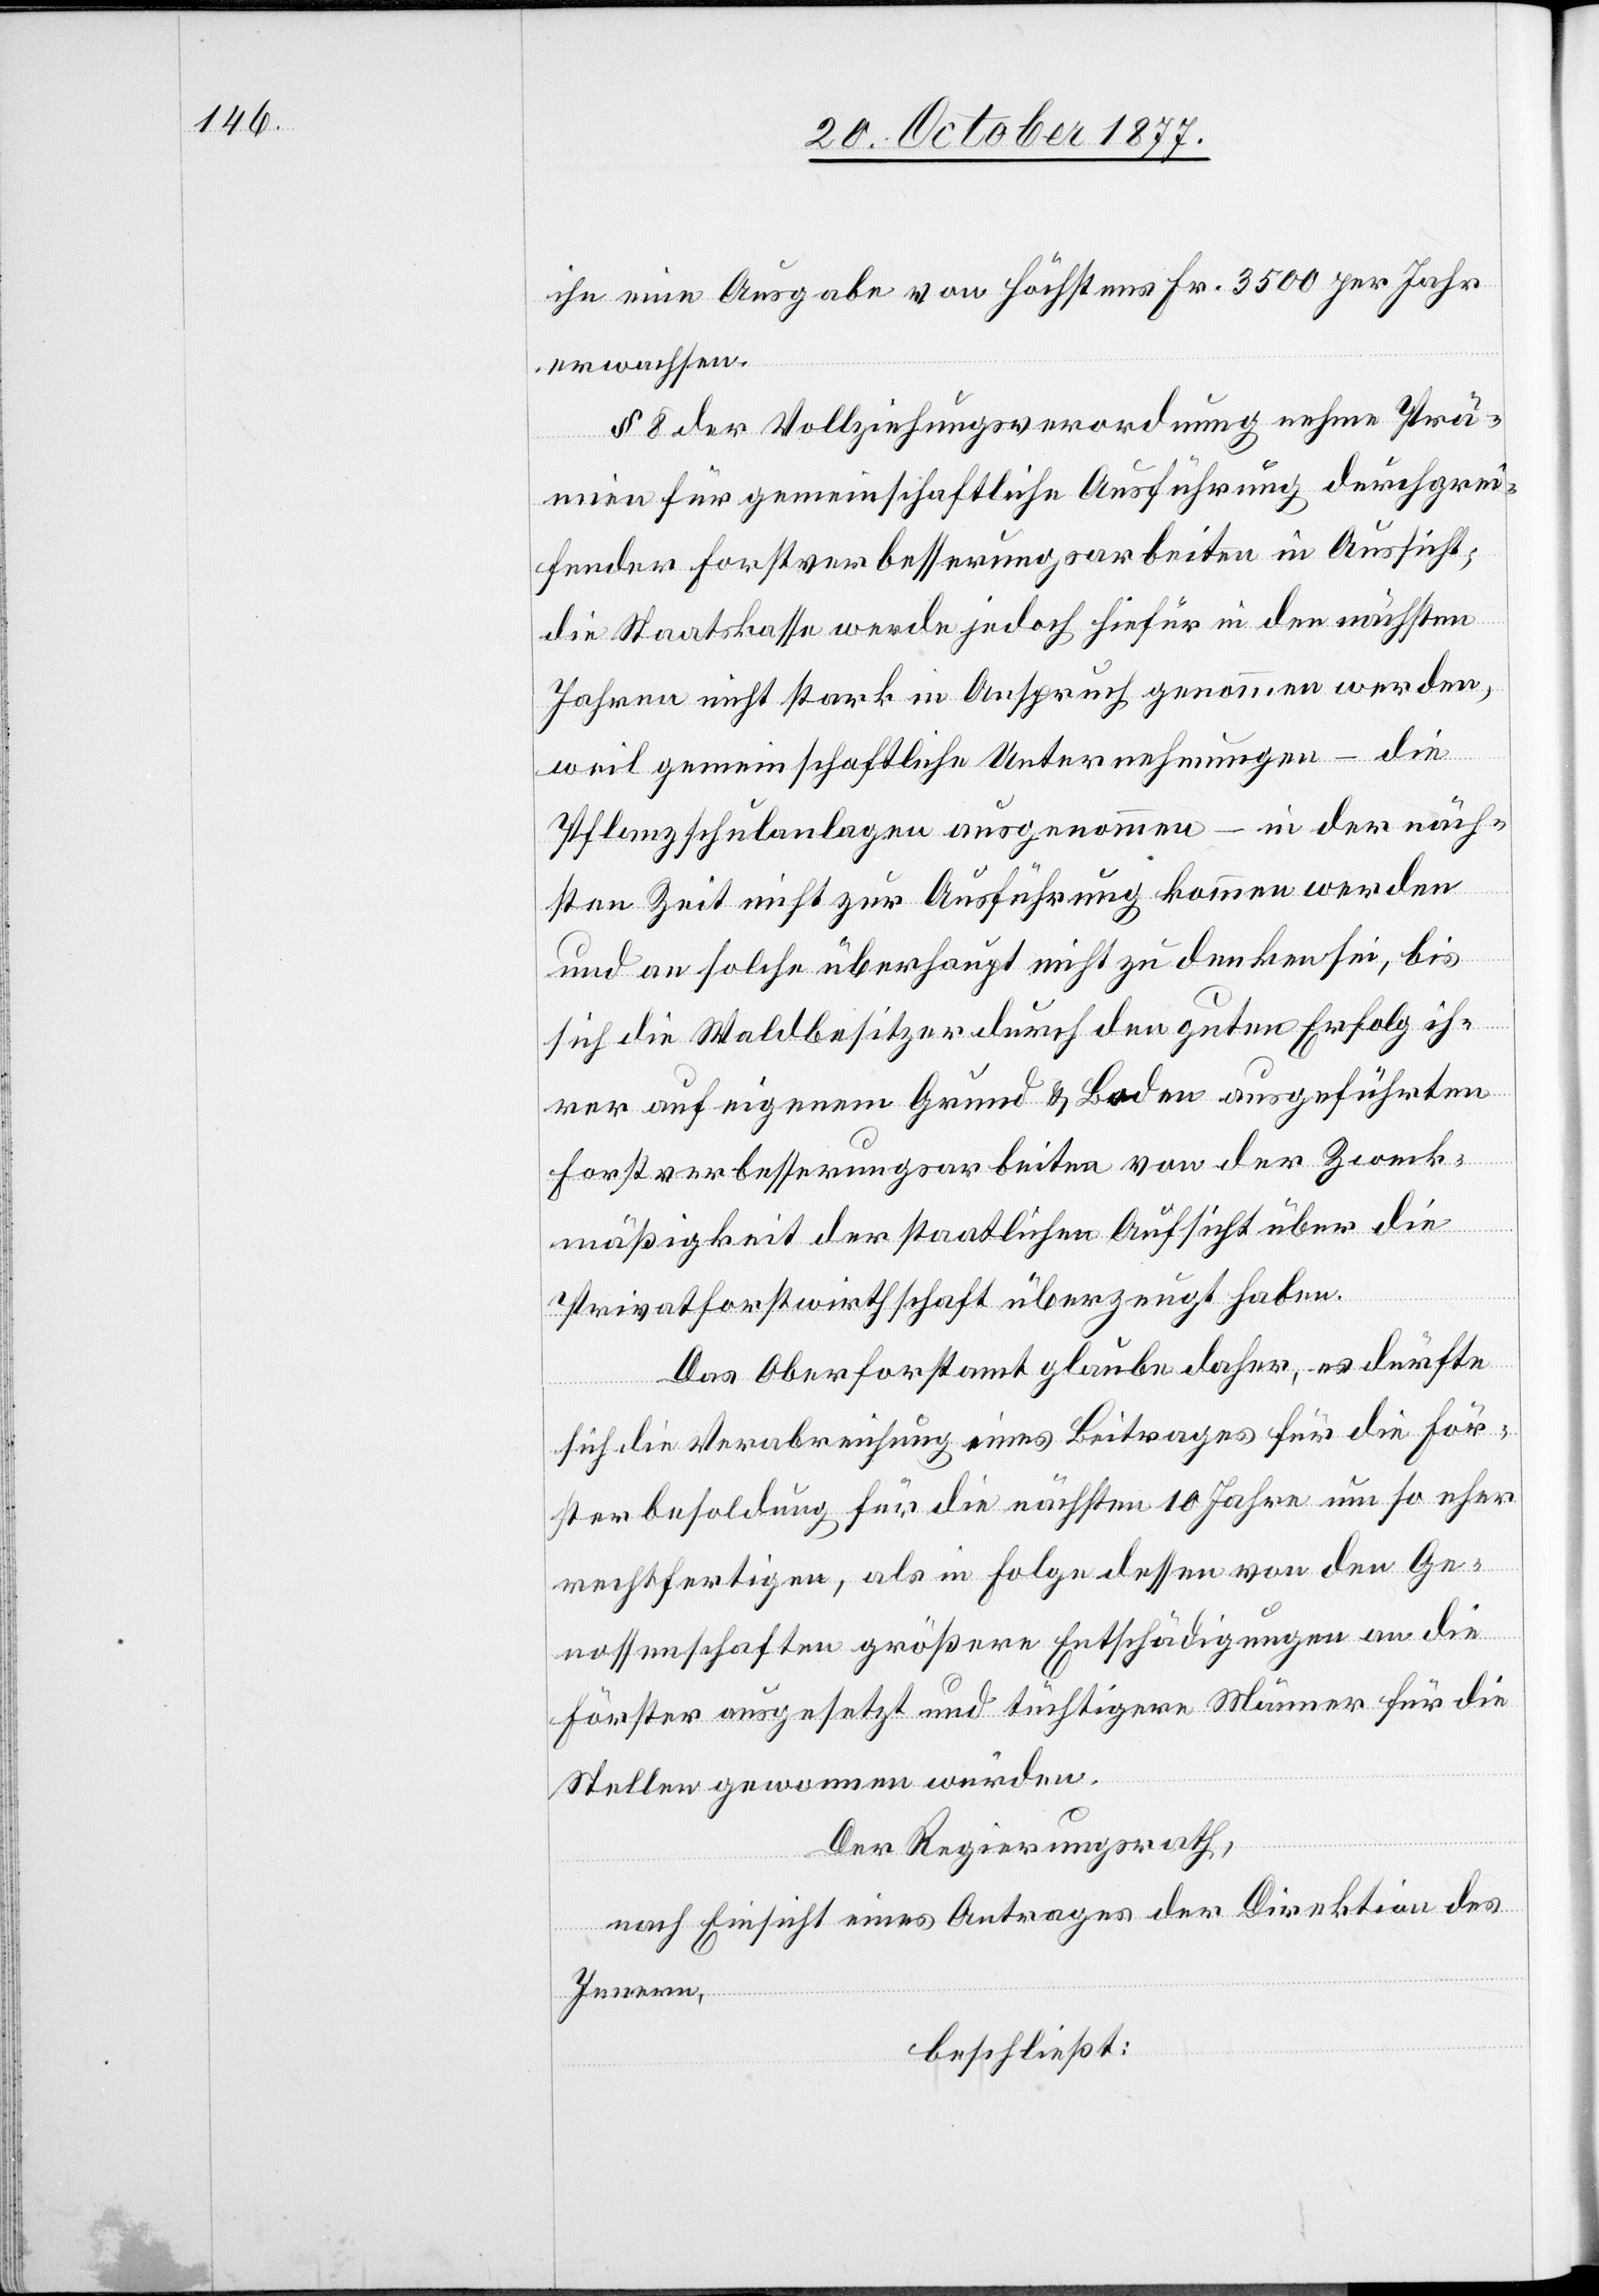
ihn eine Ausgabe von höchstens Fr. 3500 per Jahr
erwachsen.
§ 8 der Vollziehungsverordnung nehme Prä¬
mien für gemeinschaftliche Ausführung durchgrei¬
fender Forstverbesserungsarbeiten in Aussicht;
die Staatskasse werde jedoch hiefür in den nächsten
Jahren nicht stark in Anspruch genommen werden,
weil gemeinschaftliche Unternehmungen – die
Pflanzschulanlagen ausgenommen – in der näch¬
sten Zeit nicht zur Ausführung kommen werden
und an solche überhaupt nicht zu denken sei, bis
sich die Waldbesitzer durch den guten Erfolg ih¬
rer auf eigenem Grund & Boden ausgeführten
Forstverbesserungsarbeiten von der Zweck¬
mäßigkeit der staatlichen Aufsicht über die
Privatforstwirthschaft überzeugt haben.
Das Oberforstamt glaube daher, es dürfte
sich die Verabreichung eines Beitrages für die För¬
sterbesoldung für die nächsten 10 Jahre um so eher
rechtfertigen, als in Folge dessen von den Ge¬
nossenschaften größere Entschädigungen an die
Förster ausgesetzt und tüchtigere Männer für die
Stellen gewonnen würden.
Der Regierungsrath,
nach Einsicht eines Antrages der Direktion des
Innern,
beschließt: